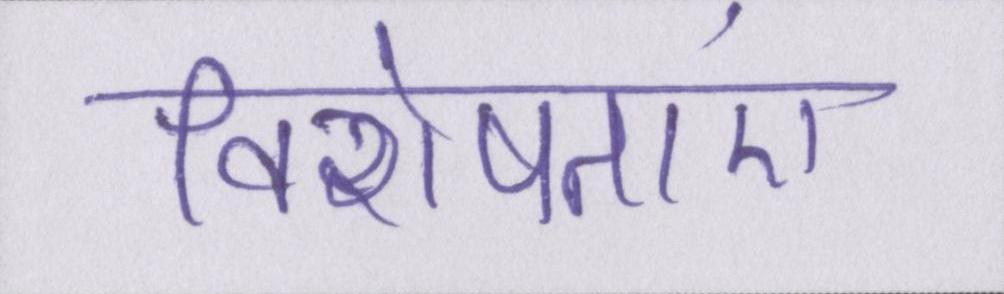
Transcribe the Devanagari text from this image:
विशेषताएं